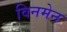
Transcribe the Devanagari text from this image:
विनमेन